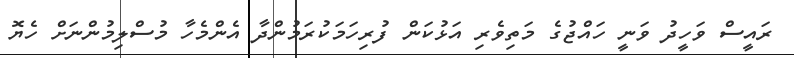
ރައީސް ވަހީދު ވަނީ ހައްޖުގެ މަތިވެރި އަޅުކަން ފުރިހަމަކުރަމުންދާ އެންމެހާ މުސްލިމުންނަށް ހެޔޮ